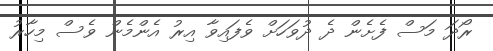
ރޯދަ މަސް ފެށެން ދެ ދުވަހަށް ވެފައިވާ އިރު އެންމެން ވެސް މިހާރު